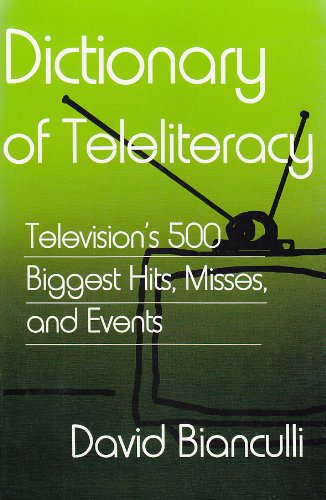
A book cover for Dictionary of Teleliteracy: Television's 500 Biggest Hits, Misses, and Events; David Bianculli; Humor & Entertainment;